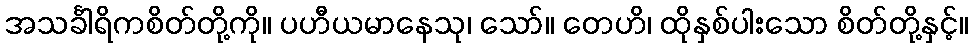
အသင်္ခါရိကစိတ်တို့ကို။ ပဟီယမာနေသု၊ သော်။ တေဟိ၊ ထိုနှစ်ပါးသော စိတ်တို့နှင့်။